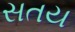
સતય